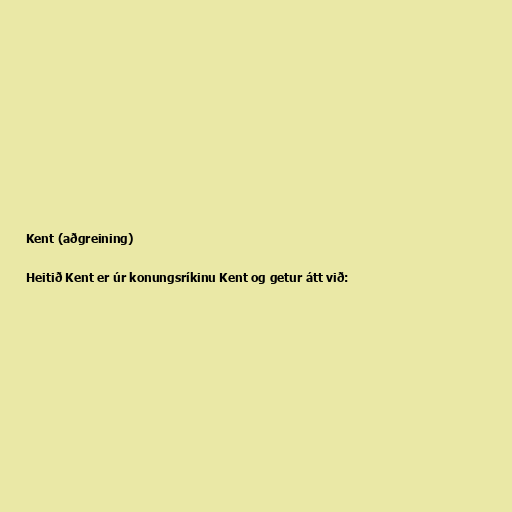
Kent (aðgreining)

Heitið Kent er úr konungsríkinu Kent og getur átt við: